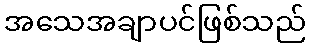
အသေအချာပင်ဖြစ်သည်